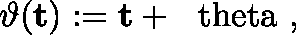
\vartheta ( { \bf t } ) : = { \bf t } + \mathrm { \boldmath ~ \ t h e t a ~ } ,